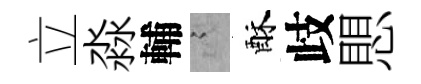
立淼輔謭酥歧愳